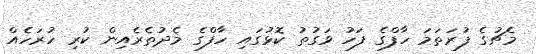
މެޗުގެ ފުރަތަމަ ހާފްގެ ފަހު ވަގުތު ކޮޅުގައި ހާފްގެ މެދުތެރެއިން ކުރި ހުރަހެއް